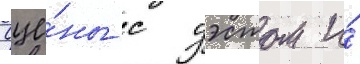
Сце́ны с уэстом и́